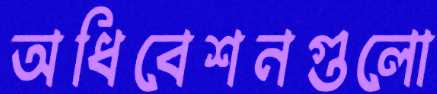
অধিবেশনগুলো